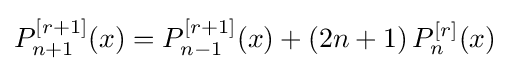
P_{n+1}^{[r+1]}(x)=P_{n-1}^{[r+1]}(x)+(2n+1)\,P_{n}^{[r]}(x)